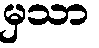
မှသာ